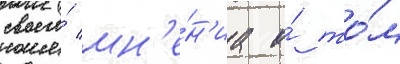
своего́ мн'е́н'иа о́ то́м